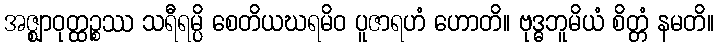
အဇ္ဈာဝုတ္ထဉ္စဿ သရီရမ္ပိ စေတိယဃရမိဝ ပူဇာရဟံ ဟောတိ။ ဗုဒ္ဓဘူမိယံ စိတ္တံ နမတိ။